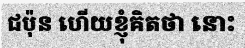
ជប៉ុន ហើយខ្ញុំគិតថា នោះ